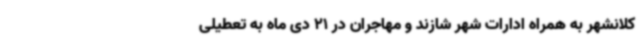
کلانشهر به همراه ادارات شهر شازند و مهاجران در 21 دی ماه به تعطیلی